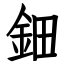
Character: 鈿